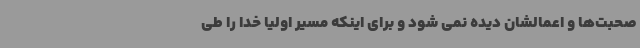
صحبت‌ها و اعمالشان دیده نمی شود و برای اینکه مسیر اولیا خدا را طی